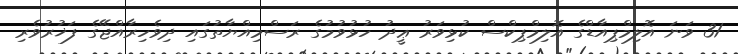
31 ވަނަ އޮލިމްޕިއާޑްގެ އޮލިމްޕިކްސް ކުޅިވަރު ޢީދު ހުޅުވުމުގެ ރަސްމިއްޔާތުގައި ދިވެހިރާއްޖޭގެ ފަޚުރުވެރި